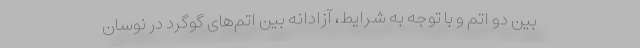
بین دو اتم و با توجه به شرایط، آزادانه بین اتم‌های گوگرد در نوسان